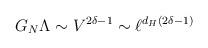
LaTeX: \begin{align*}G_N\Lambda \sim V^{2\delta -1} \sim \ell^{d_H (2\delta -1)}\end{align*}